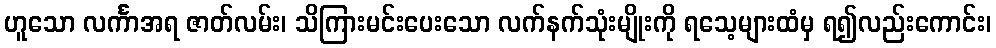
ဟူသော လင်္ကာအရ ဇာတ်လမ်း၊ သိကြားမင်းပေးသော လက်နက်သုံးမျိုးကို ရသေ့များထံမှ ရ၍လည်းကောင်း၊